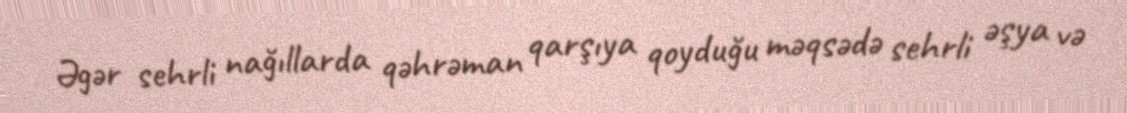
Əgər sehrli nağıllarda qəhrəman qarşıya qoyduğu məqsədə sehrli əşya və